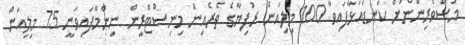
މަސްވެރިންނަށް ކަނޑައަޅާފައިވާ 100 މިލިއަން ރުފިޔާގެ ތެރެއިން މިނިސްޓްރީން ނިންމާފައިވަނީ 75 މިލިއަން